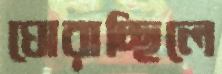
ঘোরাচ্ছিলে